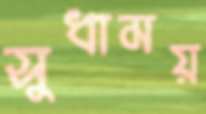
সুধাময়